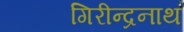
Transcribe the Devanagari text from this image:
गिरीन्द्रनाथ